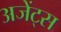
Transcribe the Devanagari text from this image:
अजेंट्स